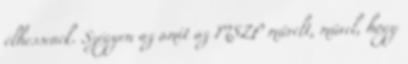
élhessenek. Szégyen az amit az MSZP művelt, művel, hogy